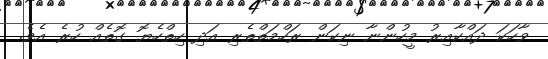
ވާހަކަ ދައްކާއިރު މީހުންނާ ނިކަން ރަހްމަތްތެރި އަދި ހިތްހެޔޮ ގޮތެއް ހުރެ އެވެ.